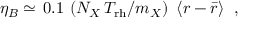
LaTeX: \eta _ { B } \simeq \, 0 . 1 \, \left( N _ { X } \, T _ { \mathrm { r h } } / m _ { X } \right) \, \, \langle r - { \bar { r } } \rangle \; \; ,